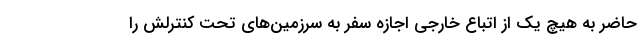
حاضر به هیچ یک از اتباع خارجی اجازه سفر به سرزمین‌های تحت کنترلش را